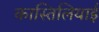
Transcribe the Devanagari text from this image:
कास्तिलियाई